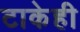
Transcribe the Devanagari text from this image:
टाकेही